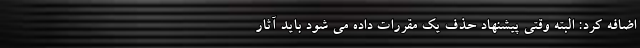
اضافه کرد: البته وقتی پیشنهاد حذف یک مقررات داده می شود باید آثار